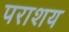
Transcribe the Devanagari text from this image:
पराशय